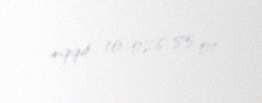
+994 10 026 85 01